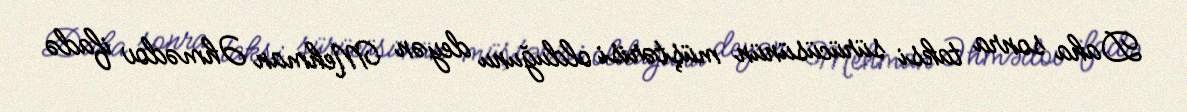
Daha sonra taksi sürücüsünün müştərisi olduğunu deyən Mehman Əhmədov ifadə